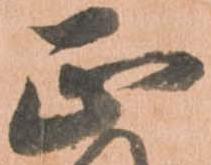
正